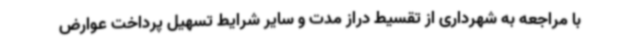
با مراجعه به شهرداری از تقسیط دراز مدت و سایر شرایط تسهیل پرداخت عوارض